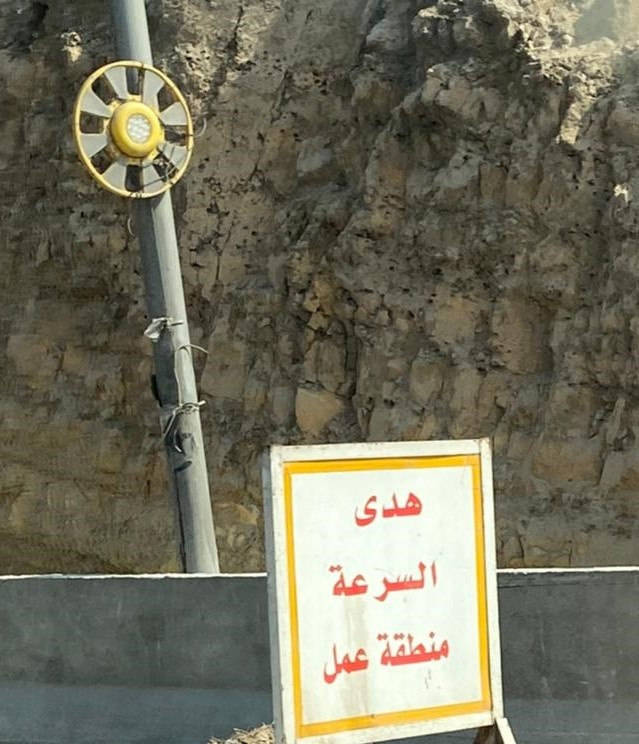
Text in image: هدى السرعة منطقة عمل